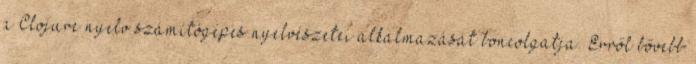
a Clojure nyelv számítógépes nyelvészetei alkalmazását boncolgatja. Erről bővebb